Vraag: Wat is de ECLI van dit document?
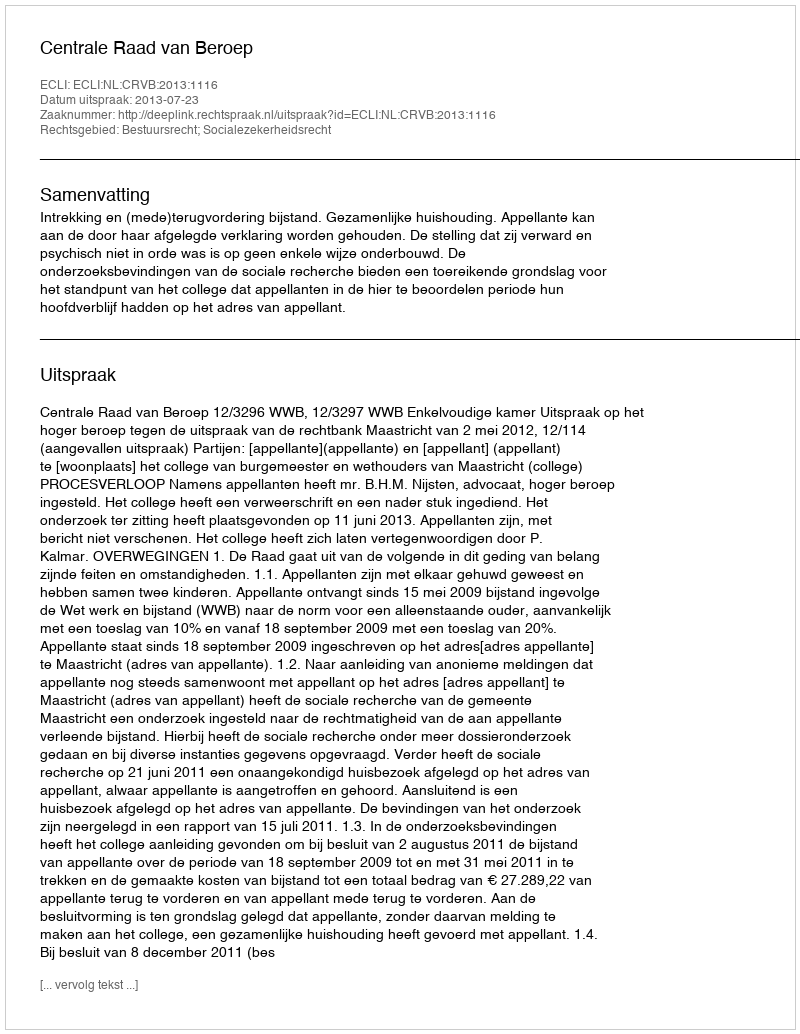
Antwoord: ECLI:NL:CRVB:2013:1116